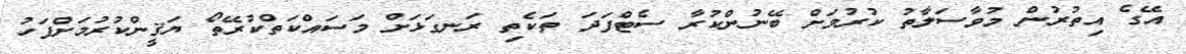
އޭގެ އިތުރުން މުވާސަލާތު ކުރުމަށް ބޭނުންކުރާ ސެޓްފަދަ ތަކެތި ރަނގަޅަށް މަސައްކަތްކުރޭތޯ ޔަޤީންކުރުމަށްފަހު